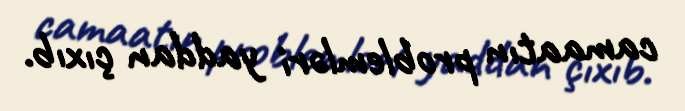
camaatın problemləri yaddan çıxıb.